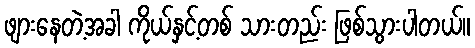
ဖျားနေတဲ့အခါ ကိုယ်နှင့်တစ် သားတည်း ဖြစ်သွားပါတယ်။